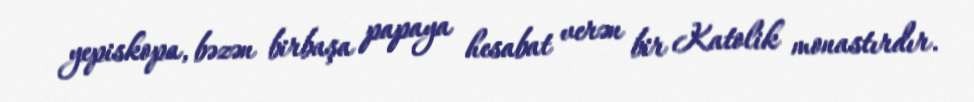
yepiskopa, bəzən birbaşa papaya hesabat verən bir Katolik monastırdır.